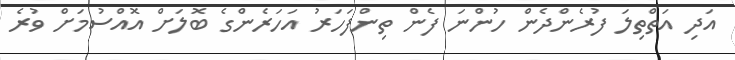
އަދި އަތްތިލަ ފުރެންދެން ހުންނަ ފެން ތިންފަހަރު އަހަރެންގެ ބޮލަށް އޮއްސުމަށް ވުރެ